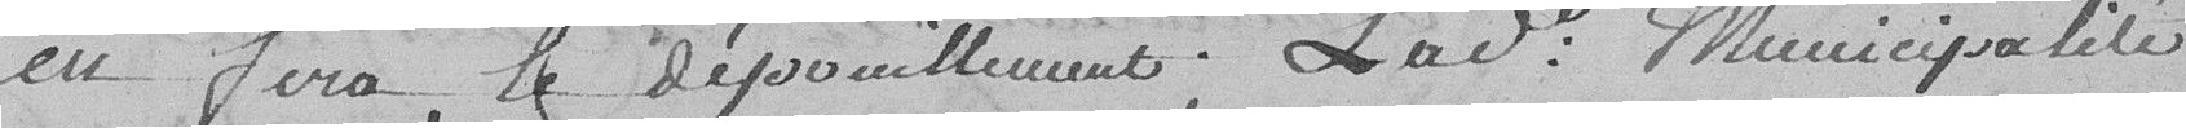
en fera le dépouillement. Ladite municipalité